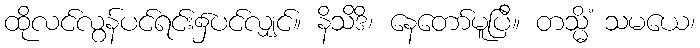
ထိုလင်လွန်ပင်ရင်း၌ပင်လျှင်။ နိသိဒိ၊ နေတော်မူပြီ။ တသ္မိံ သမယေ၊